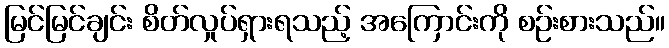
မြင်မြင်ချင်း စိတ်လှုပ်ရှားရသည့် အကြောင်းကို စဉ်းစားသည်။